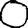
Digit: 0